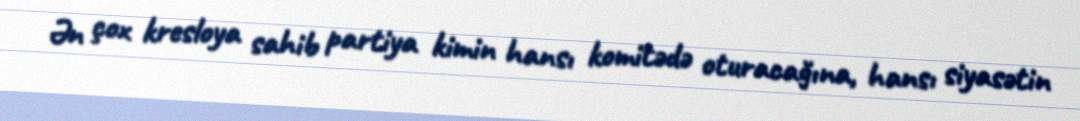
Ən çox kresloya sahib partiya kimin hansı komitədə oturacağına, hansı siyasətin